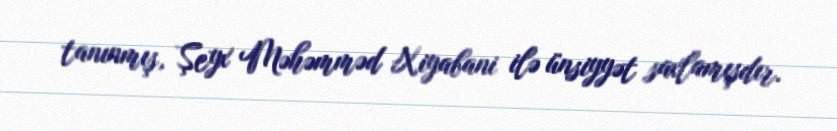
tanınmış, Şeyx Məhəmməd Xiyabani ilə ünsiyyət saxlamışdır.